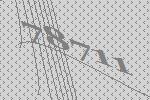
78711